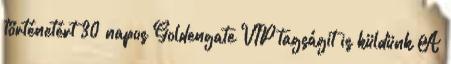
történetért 30 napos Goldengate VIP tagságit is küldünk A